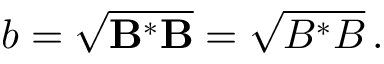
\begin{array} { r } { b = \sqrt { { \bf B } ^ { * } { \bf B } } = \sqrt { B ^ { * } B } \, . } \end{array}